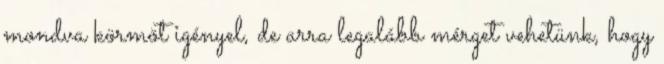
mondva körmöt igényel, de arra legalább mérget vehetünk, hogy